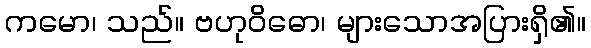
ကမော၊ သည်။ ဗဟုဝိဓော၊ များသောအပြားရှိ၏။